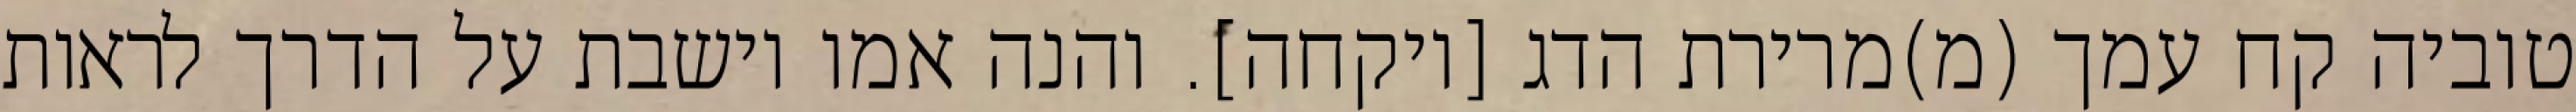
טוביה קח עמך (מ)מרירת הדג [ויקחה]. והנה אמו יושבת על הדרך לראות